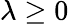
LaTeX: \lambda\geq 0